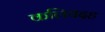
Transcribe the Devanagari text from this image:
कलियदह